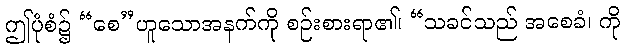
ဤပုံစံ၌ “စေ”ဟူသောအနက်ကို စဉ်းစားရာ၏၊ “သခင်သည် အစေခံ၊ ကို